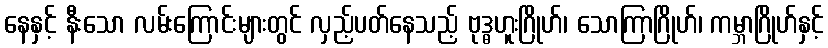
နေနှင့် နီးသော လမ်းကြောင်းများတွင် လှည့်ပတ်နေသည့် ဗုဒ္ဓဟူးဂြိုဟ်၊ သောကြာဂြိုဟ်၊ ကမ္ဘာဂြိုဟ်နှင့်